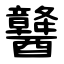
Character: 䤗